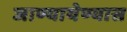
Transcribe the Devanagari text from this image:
जाण्यायेण्यास